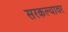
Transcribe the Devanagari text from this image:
सरकल्यावर